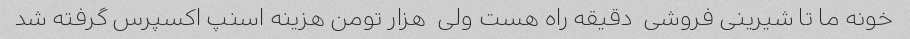
خونه ما تا شیرینی فروشی  دقیقه راه هست ولی  هزار تومن هزینه اسنپ اکسپرس گرفته شد